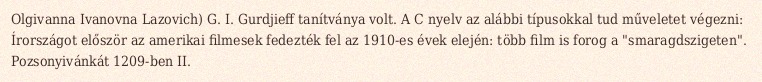
Olgivanna Ivanovna Lazovich) G. I. Gurdjieff tanítványa volt. A C nyelv az alábbi típusokkal tud műveletet végezni: Írországot először az amerikai filmesek fedezték fel az 1910-es évek elején: több film is forog a "smaragdszigeten". Pozsonyivánkát 1209-ben II.